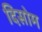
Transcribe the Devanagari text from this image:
दिसोम